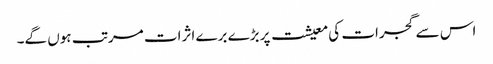
اس سے گجرات کی معیشت پر بڑے برے اثرات مرتب ہوں گے۔